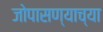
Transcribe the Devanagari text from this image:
जोपासण्याच्या